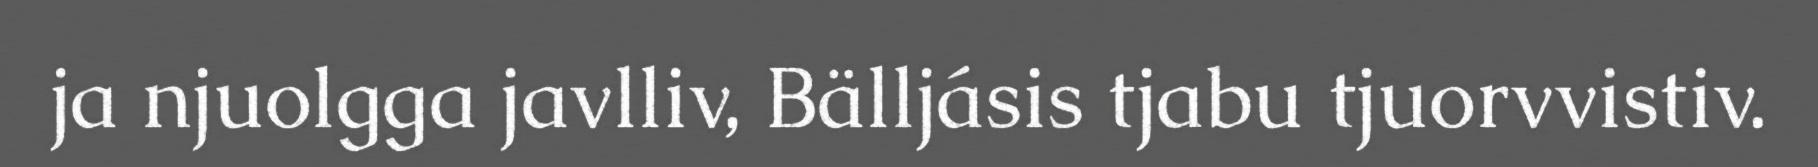
ja njuolgga javlliv, Bälljásis tjabu tjuorvvistiv.